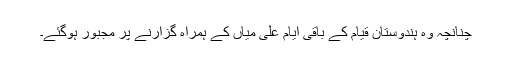
چنانچہ وہ ہندوستان قیام کے باقی ایام علی میاں کے ہمراہ گزارنے پر مجبور ہوگئے۔